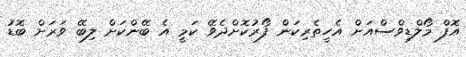
އޮފް މޯލްޑިވްސްއަށް އެހީތެރިކަން ފޯރުކޮށްދެވޭ ކަމީ އެ ބޭންކަށް ލިބޭ ވަރަށް ބޮޑު